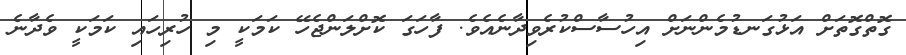
ގޮތްގޮތަށް އަޅުގަނޑުމެންނަށް އިހުސާސްކުރެވިދާނެއެވެ. ފާހަގަ ކޮށްލަންޖެހޭ ކަމަކީ މި ހުރިހައި ކަމަކީ ވެދާނެ